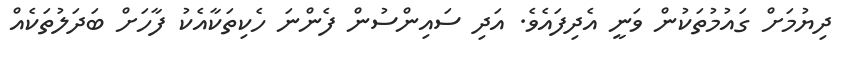
ދިޔުމަށް ގައުމުތަކުން ވަނީ އެދިފައެވެ. އަދި ސައިންސުން ފެންނަ ހެކިތަކާއެކު ފާހަށް ބަދަލުތަކެއް